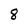
Character: 8